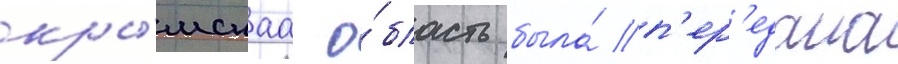
кры́мскаа о́бласть была́ п'ер'едана